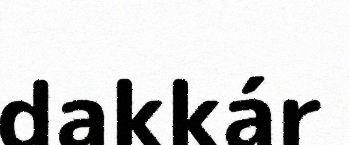
dakkár